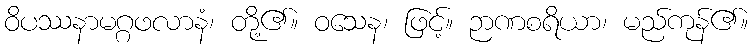
ဝိပဿနာမဂ္ဂဖလာနံ၊ တို့၏။ ဝသေန၊ ဖြင့်။ ဉာဏစရိယာ၊ မည်ကုန်၏။